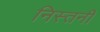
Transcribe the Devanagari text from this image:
निस्तनी